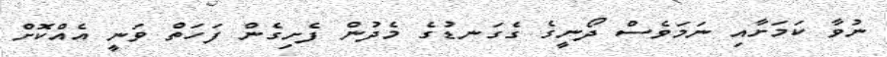
ނުވާ ކަމަށާއި ނަމަވެސް ދޯނީގެ ގެގަނޑުގެ މެދުން ފެށިގެން ފަހަތް ވަނީ އެއްކޮށް